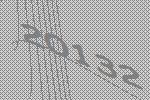
20132